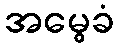
အမွေခံ